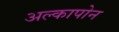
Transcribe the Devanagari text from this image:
अल्कापोन